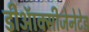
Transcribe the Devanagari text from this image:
डीऑक्सीजेनेटेड